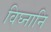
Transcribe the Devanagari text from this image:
विघ्नानि